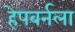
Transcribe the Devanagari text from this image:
हेपबर्नला